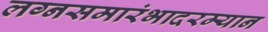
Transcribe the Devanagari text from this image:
लग्नसमारंभादरम्यान